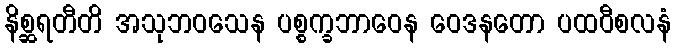
နိစ္ဆရတီတိ အသုဘဝသေန ပစ္စက္ခဘာဝေန ဝေဒနတော ပထဝီစလနံ